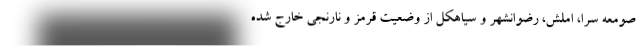
صومعه سرا، املش، رضوانشهر و سیاهکل از وضعیت قرمز و نارنجی خارج شده